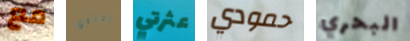
مع تحتوي عثرتي حمودي البحري